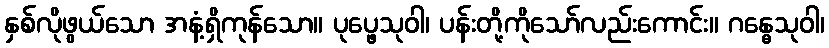
နှစ်လိုဖွယ်သော အနံ့ရှိကုန်သော။ ပုပ္ဖေသုဝါ၊ ပန်းတို့ကိုသော်လည်းကောင်း။ ဂန္ဓေသုဝါ၊